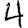
Digit: 4